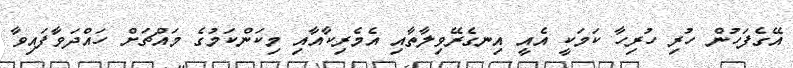
އޭގެފަހުން ހުރި ހުރިހާ ކަމަކީ އެއީ އިނގެރޭވިލާތާއި އެމެރިކާއާއި މިކަންކަމުގެ މައްޗަށް ހައްދަވާފައިވާ